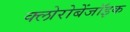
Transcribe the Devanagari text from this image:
क्लोरोबेंजॉइक